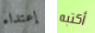
إعتداء أكتبه